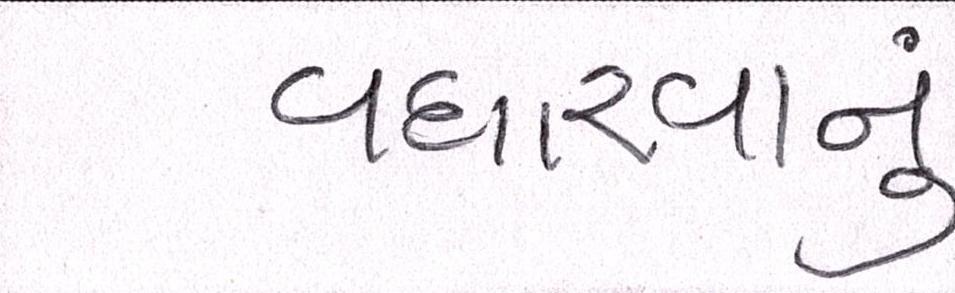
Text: વધારવાનું